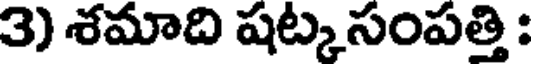
3) శమాది షట్క సంపత్తి :